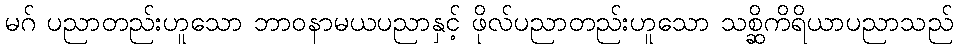
မဂ် ပညာတည်းဟူသော ဘာဝနာမယပညာနှင့် ဖိုလ်ပညာတည်းဟူသော သစ္ဆိကိရိယာပညာသည်